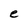
Character: e